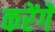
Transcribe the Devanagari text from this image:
करेंगेें